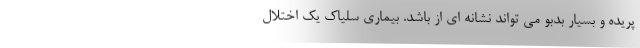
پریده و بسیار بدبو می تواند نشانه ای از باشد. بیماری سلیاک یک اختلال